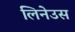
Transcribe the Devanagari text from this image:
लिनेउस